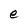
Character: e